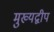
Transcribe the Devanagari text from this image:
मुख्यद्वीप